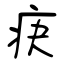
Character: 疦